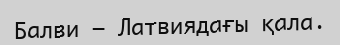
Балви — Латвиядағы қала.